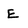
Character: E